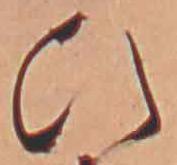
ひ